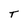
Character: T